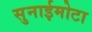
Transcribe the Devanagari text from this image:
सुनाईमोटा